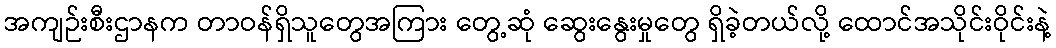
အကျဉ်းစီးဌာနက တာဝန်ရှိသူတွေအကြား တွေ့ဆုံ ဆွေးနွေးမှုတွေ ရှိခဲ့တယ်လို့ ထောင်အသိုင်းဝိုင်းနဲ့